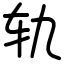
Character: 轨